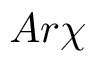
A r \chi